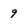
Character: 9